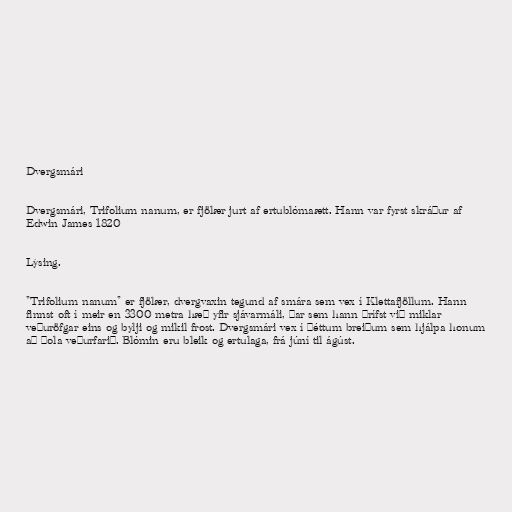
Dvergsmári

Dvergsmári, Trifolium nanum, er fjölær jurt af ertublómaætt. Hann var fyrst skráður af
Edwin James 1820

Lýsing.

"Trifolium nanum" er fjölær, dvergvaxin tegund af smára sem vex í Klettafjöllum. Hann
finnst oft í meir en 3300 metra hæð yfir sjávarmáli, þar sem hann þrífst við miklar
veðuröfgar eins og bylji og mikil frost. Dvergsmári vex í þéttum breiðum sem hjálpa honum
að þola veðurfarið. Blómin eru bleik og ertulaga, frá júní til ágúst.